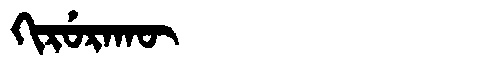
Manchu: ᡴᡳᡵᡠᡵᠠᡴᡡ
Romanization: KIRURAKŪ